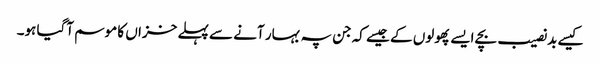
کیسے بد نصیب بچے ایسے پھولوں کے جیسے کہ جن پہ بہار آنے سے پہلے خزاں کا موسم آگیا ہو۔